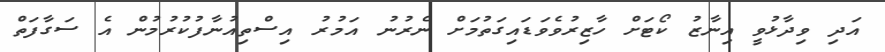
އަދި ވިދާޅުވީ އިނާޒު ކޯޓަށް ހާޒިރުވެވަޑައިގަތުމަށް ނެރުނު އަމުރު އިސްތިއުނާފުކުރުމުން އެ ސަގާފަތް